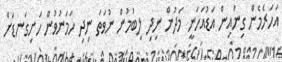
އަހަރެމެން ގިނައިން އަޑުއަހަނީ މަދުން ނިދި ލިބުމުން ނުވަތަ ނިދި ހަމަނުވުން ހަށިގަނޑަށް